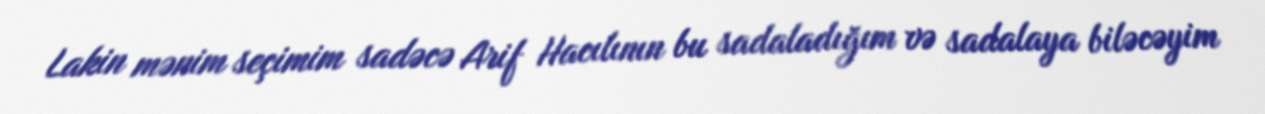
Lakin mənim seçimim sadəcə Arif Hacılının bu sadaladığım və sadalaya biləcəyim